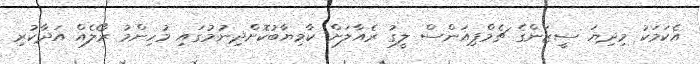
އެކަމަކު މިދިޔަ ސީޒަންގެ ޗެމްޕިއަންސް ލީގު ރެއާލަށް ކާމިޔާބުކޮށްދިނުމުގައި މުހިންމު ރޯލެއް އަދާކުރި